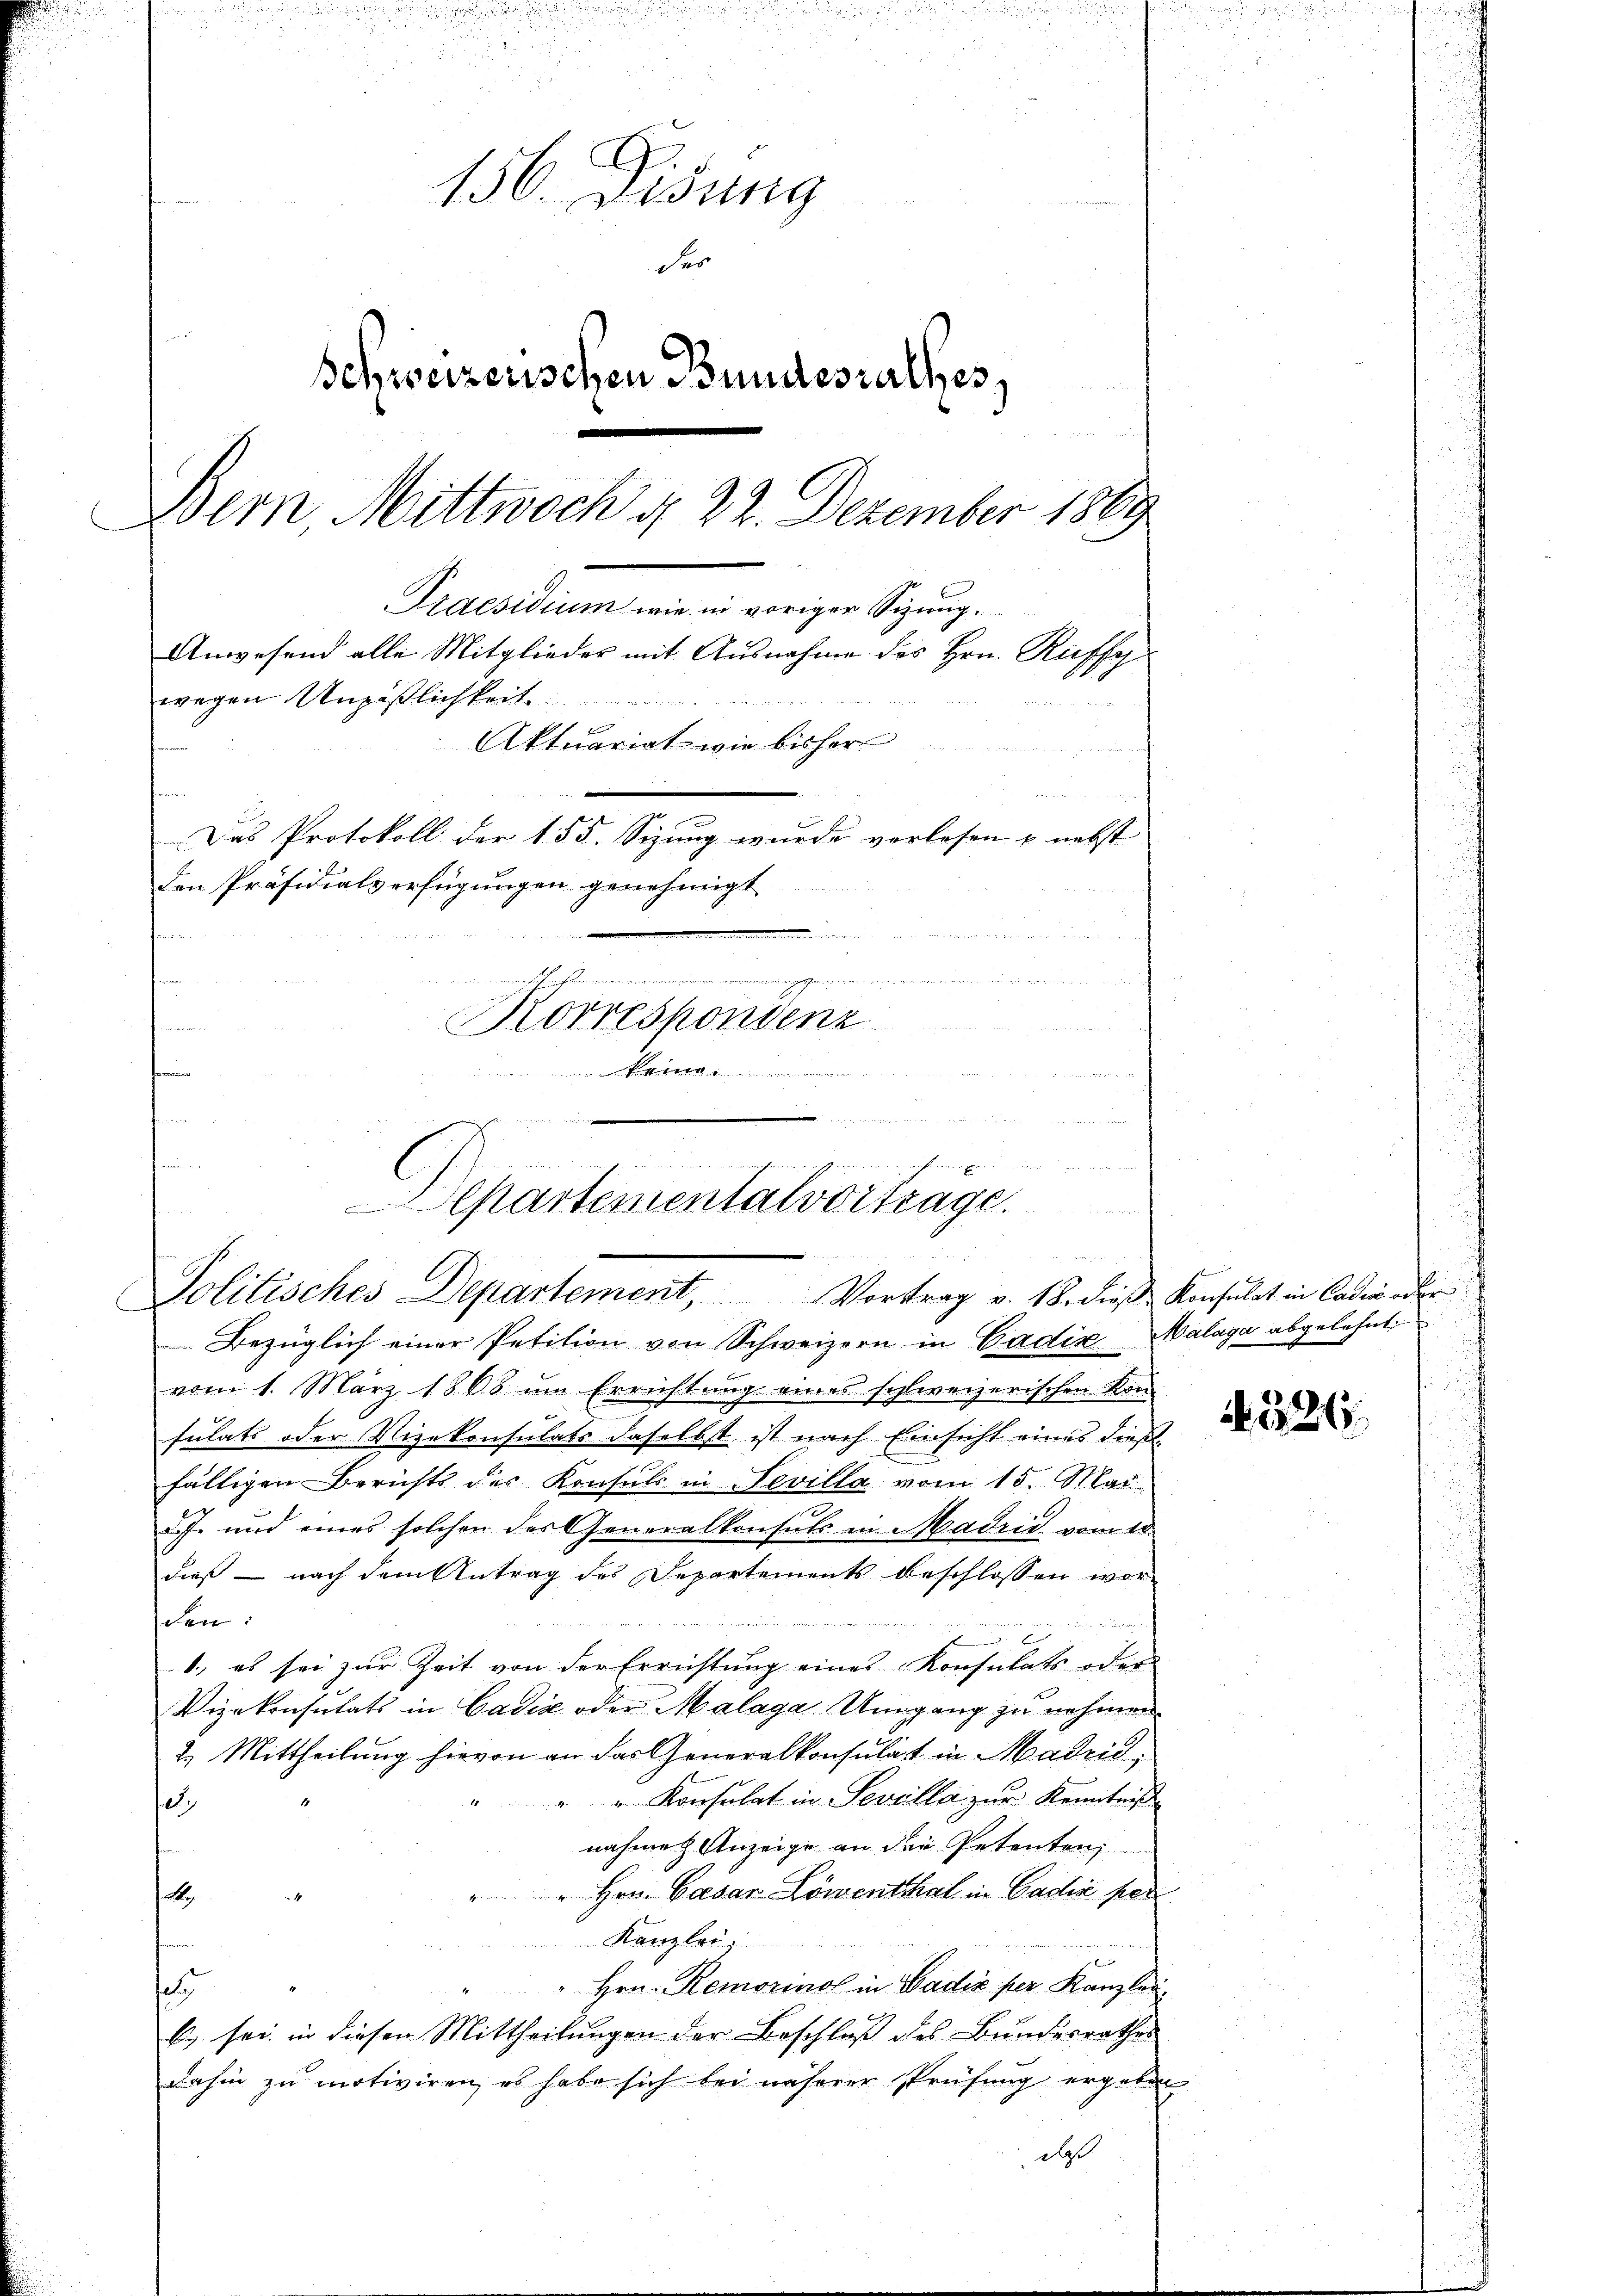
3
156. Disung
der
Schweizerischen Bundeszalles,
Bern Mittwoch § 22. Dezember 1869
Praesidium wie in voriger Sizung.
Anwesend alle Mitglieder mit Ausnahme des Hrn. Rueffy
wegen Unpäßlichkeit.
Aktuariat wie bisher
Das Protokoll der 155. Sizung wurde verlesen u. nebst
den Präsidialverfügungen genehmigt

Korrespondenz

e

n
n
e

In er einderenderen fern dene verursammer offerend verwiedenen war wa
Cartementalvortrage.
de Hande hattet
u
Politisches Departement, Vortrag v. 18. dieß Konsulat in Cadin oder

Bezüglich einer Petition von Schweizern in Cadix Malaga abgelehnt.
vom 1. März 1868 im Errichtung eines schweizerischen Kon-
sulats oder Vizekonsulats daselbst ist nach Einsicht eines dieß
fälligen Berichts des Konsuls in Sevilla vom 15. Mai
.J. und eines solchen der Generalkonsuls in Madrid vom 18.
dieß – nach dem Antrag des Departements beschlossen worden:
ningen zu ein einer
1., es sei zur Zeit von der Errichtung eines Konsulats oder
Vizekonsulats in Cadia oder Malaga Umgang zu nehmen.
2.) Mittheilung hievon an das Generalkonsulat in Madrić,
" Konsulat in Sevilla zur Kenntniß
125.
nahme Anzeige an die Petenten;
" Hrn. Casar Löwenthal in Cadia per
A
Kanzlei
" Hrn. Remorino in Badix per Kanzleis
k. sei in diesen Mittheilungen der Beschluß des Bundesrathes
dahin zu motiviren, es habe sich bei näherer Prüfung ergeben
daß

A 326